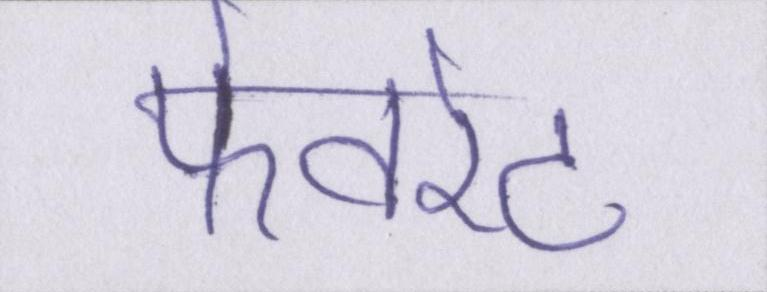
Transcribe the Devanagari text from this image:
फेवरेट